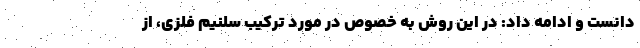
دانست و ادامه داد: در این روش به خصوص در مورد ترکیب سلنیم فلزی، از